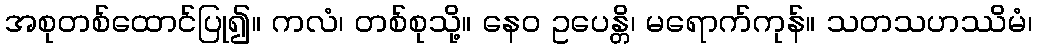
အစုတစ်ထောင်ပြု၍။ ကလံ၊ တစ်စုသို့။ နေဝ ဥပေန္တိ၊ မရောက်ကုန်။ သတသဟဿိမံ၊